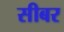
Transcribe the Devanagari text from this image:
सीबर